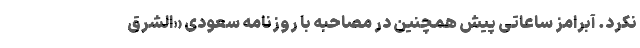
نکرد. آبرامز ساعاتی پیش همچنین در مصاحبه با روزنامه سعودی «الشرق